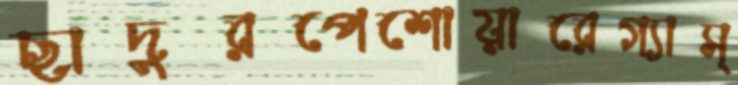
ছাদুরপেশোয়ারেগ্যাস্